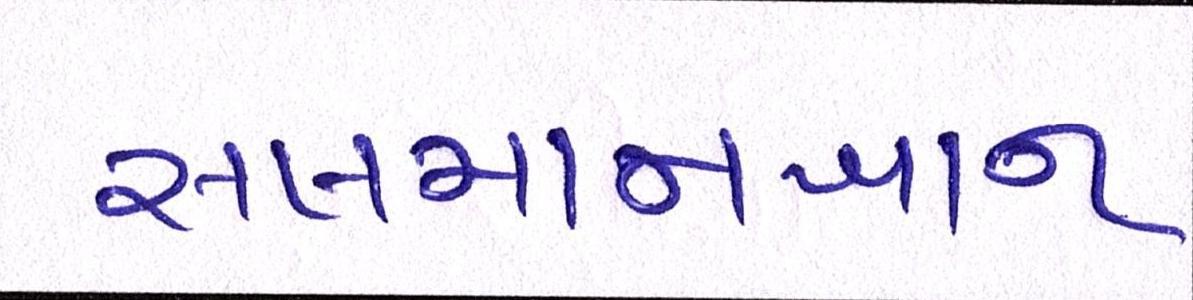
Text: સલમાનખાન